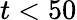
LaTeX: t<50